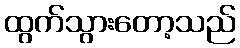
ထွက်သွားတော့သည်